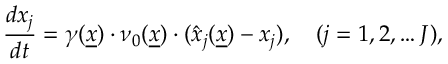
\frac { d x _ { j } } { d t } = \gamma ( \underline { { x } } ) \cdot \nu _ { 0 } ( \underline { { x } } ) \cdot ( \hat { x } _ { j } ( \underline { { x } } ) - x _ { j } ) , \quad ( j = 1 , 2 , \dots J ) ,